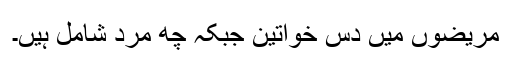
مریضوں میں دس خواتین جبکہ چھ مرد شامل ہیں۔